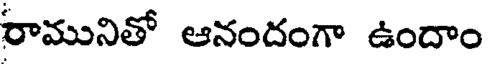
రామునితో ఆనందంగా ఉందాం